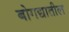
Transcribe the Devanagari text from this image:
बोगद्यातील